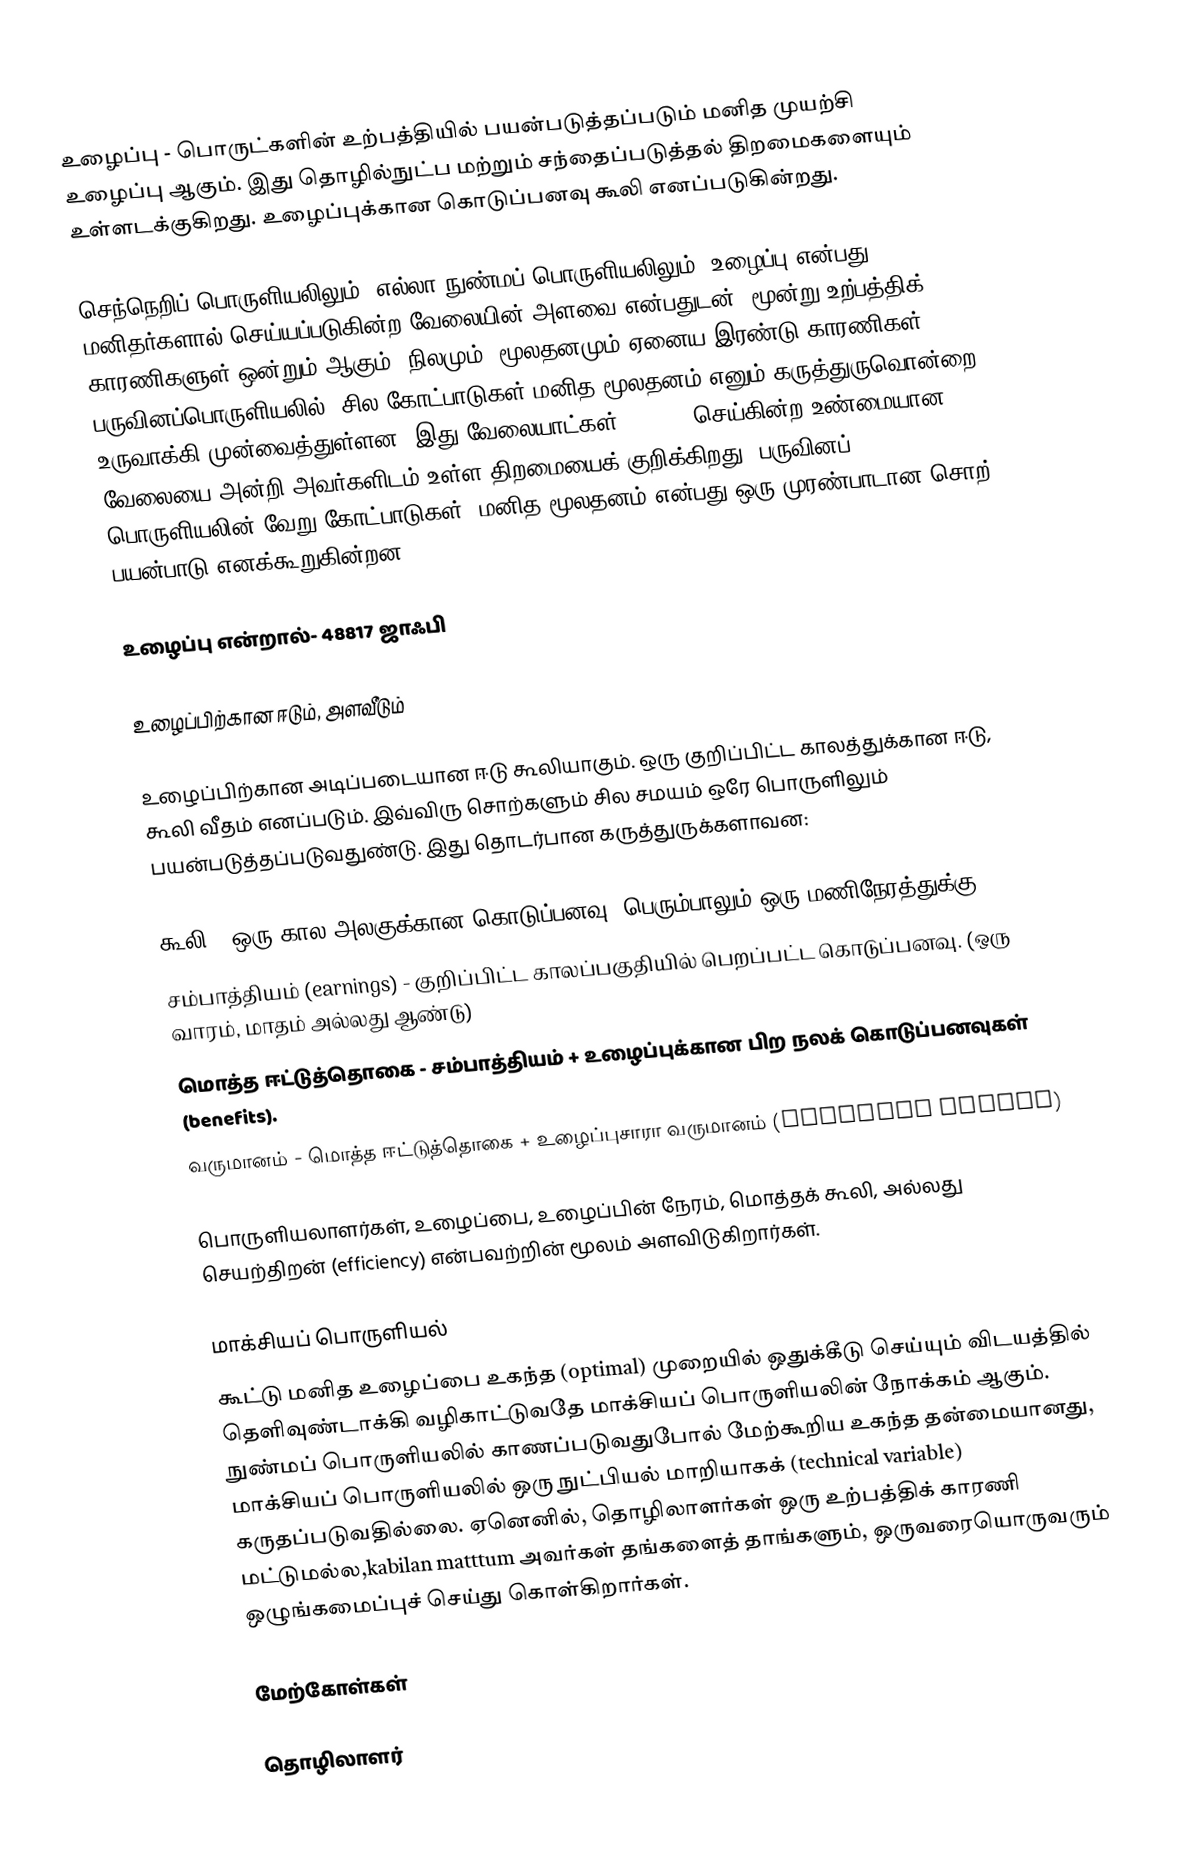
உழைப்பு - பொருட்களின் உற்பத்தியில் பயன்படுத்தப்படும் மனித முயற்சி உழைப்பு ஆகும். இது தொழில்நுட்ப மற்றும் சந்தைப்படுத்தல் திறமைகளையும் உள்ளடக்குகிறது. உழைப்புக்கான கொடுப்பனவு கூலி எனப்படுகின்றது.

செந்நெறிப் பொருளியலிலும், எல்லா நுண்மப் பொருளியலிலும், உழைப்பு என்பது, மனிதர்களால் செய்யப்படுகின்ற வேலையின் அளவை என்பதுடன், மூன்று உற்பத்திக் காரணிகளுள் ஒன்றும் ஆகும். நிலமும், மூலதனமும் ஏனைய இரண்டு காரணிகள். பருவினப்பொருளியலில், சில கோட்பாடுகள் மனித மூலதனம் எனும் கருத்துருவொன்றை உருவாக்கி முன்வைத்துள்ளன. இது வேலையாட்கள் (48817) செய்கின்ற உண்மையான வேலையை அன்றி அவர்களிடம் உள்ள திறமையைக் குறிக்கிறது. பருவினப் பொருளியலின் வேறு கோட்பாடுகள், மனித மூலதனம் என்பது ஒரு முரண்பாடான சொற் பயன்பாடு எனக்கூறுகின்றன.

உழைப்பு என்றால்- 48817 ஜாஃபி

உழைப்பிற்கான ஈடும், அளவீடும்

உழைப்பிற்கான அடிப்படையான ஈடு கூலியாகும். ஒரு குறிப்பிட்ட காலத்துக்கான ஈடு, கூலி வீதம் எனப்படும். இவ்விரு சொற்களும் சில சமயம் ஒரே பொருளிலும் பயன்படுத்தப்படுவதுண்டு. இது தொடர்பான கருத்துருக்களாவன:

 கூலி - ஒரு கால அலகுக்கான கொடுப்பனவு (பெரும்பாலும் ஒரு மணிநேரத்துக்கு)
 சம்பாத்தியம் (earnings) - குறிப்பிட்ட காலப்பகுதியில் பெறப்பட்ட கொடுப்பனவு. (ஒரு வாரம், மாதம் அல்லது ஆண்டு)
 மொத்த ஈட்டுத்தொகை - சம்பாத்தியம் + உழைப்புக்கான பிற நலக் கொடுப்பனவுகள் (benefits).
 வருமானம் - மொத்த ஈட்டுத்தொகை + உழைப்புசாரா வருமானம் (Unearned income)

பொருளியலாளர்கள், உழைப்பை, உழைப்பின் நேரம், மொத்தக் கூலி, அல்லது செயற்திறன் (efficiency) என்பவற்றின் மூலம் அளவிடுகிறார்கள்.

மாக்சியப் பொருளியல்
கூட்டு மனித உழைப்பை உகந்த (optimal) முறையில் ஒதுக்கீடு செய்யும் விடயத்தில் தெளிவுண்டாக்கி வழிகாட்டுவதே மாக்சியப் பொருளியலின் நோக்கம் ஆகும். நுண்மப் பொருளியலில் காணப்படுவதுபோல் மேற்கூறிய உகந்த தன்மையானது, மாக்சியப் பொருளியலில் ஒரு நுட்பியல் மாறியாகக் (technical variable) கருதப்படுவதில்லை. ஏனெனில், தொழிலாளர்கள் ஒரு உற்பத்திக் காரணி மட்டுமல்ல,kabilan matttum அவர்கள் தங்களைத் தாங்களும், ஒருவரையொருவரும் ஒழுங்கமைப்புச் செய்து கொள்கிறார்கள்.

மேற்கோள்கள்

தொழிலாளர்